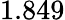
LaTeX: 1.849